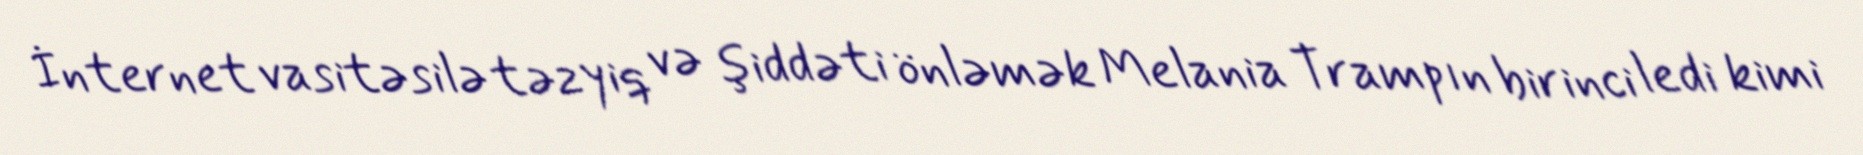
İnternet vasitəsilə təzyiq və şiddəti önləmək Melania Trampın birinci ledi kimi